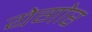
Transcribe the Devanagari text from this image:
येगोर